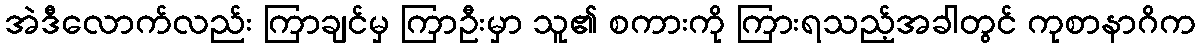
အဲဒီလောက်လည်း ကြာချင်မှ ကြာဦးမှာ သူ၏ စကားကို ကြားရသည့်အခါတွင် ကုစာနာဂိက